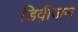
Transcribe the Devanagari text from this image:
डिवी़जन